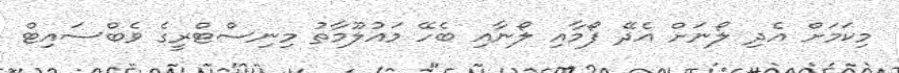
މިކަމަށް އެދި ލޯނަށް އެދޭ ފޯމާއި ލޯނާއި ބެހޭ މައުލޫމާތު މިނިސްޓްރީގެ ވެބްސައިޓް